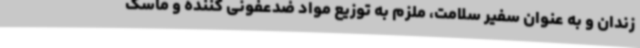
زندان و به عنوان سفیر سلامت، ملزم به توزیع مواد ضدعفونی کننده و ماسک